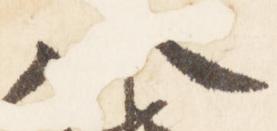
八